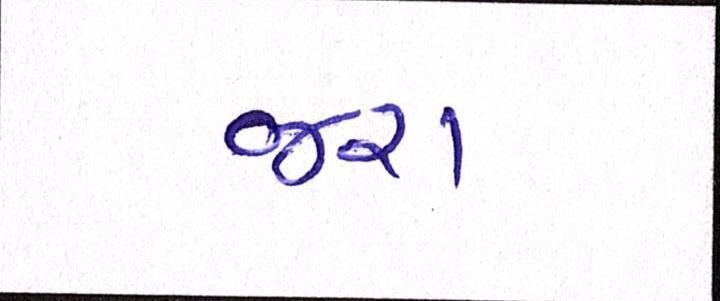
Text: જરા